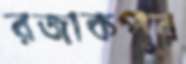
রজাকপুর